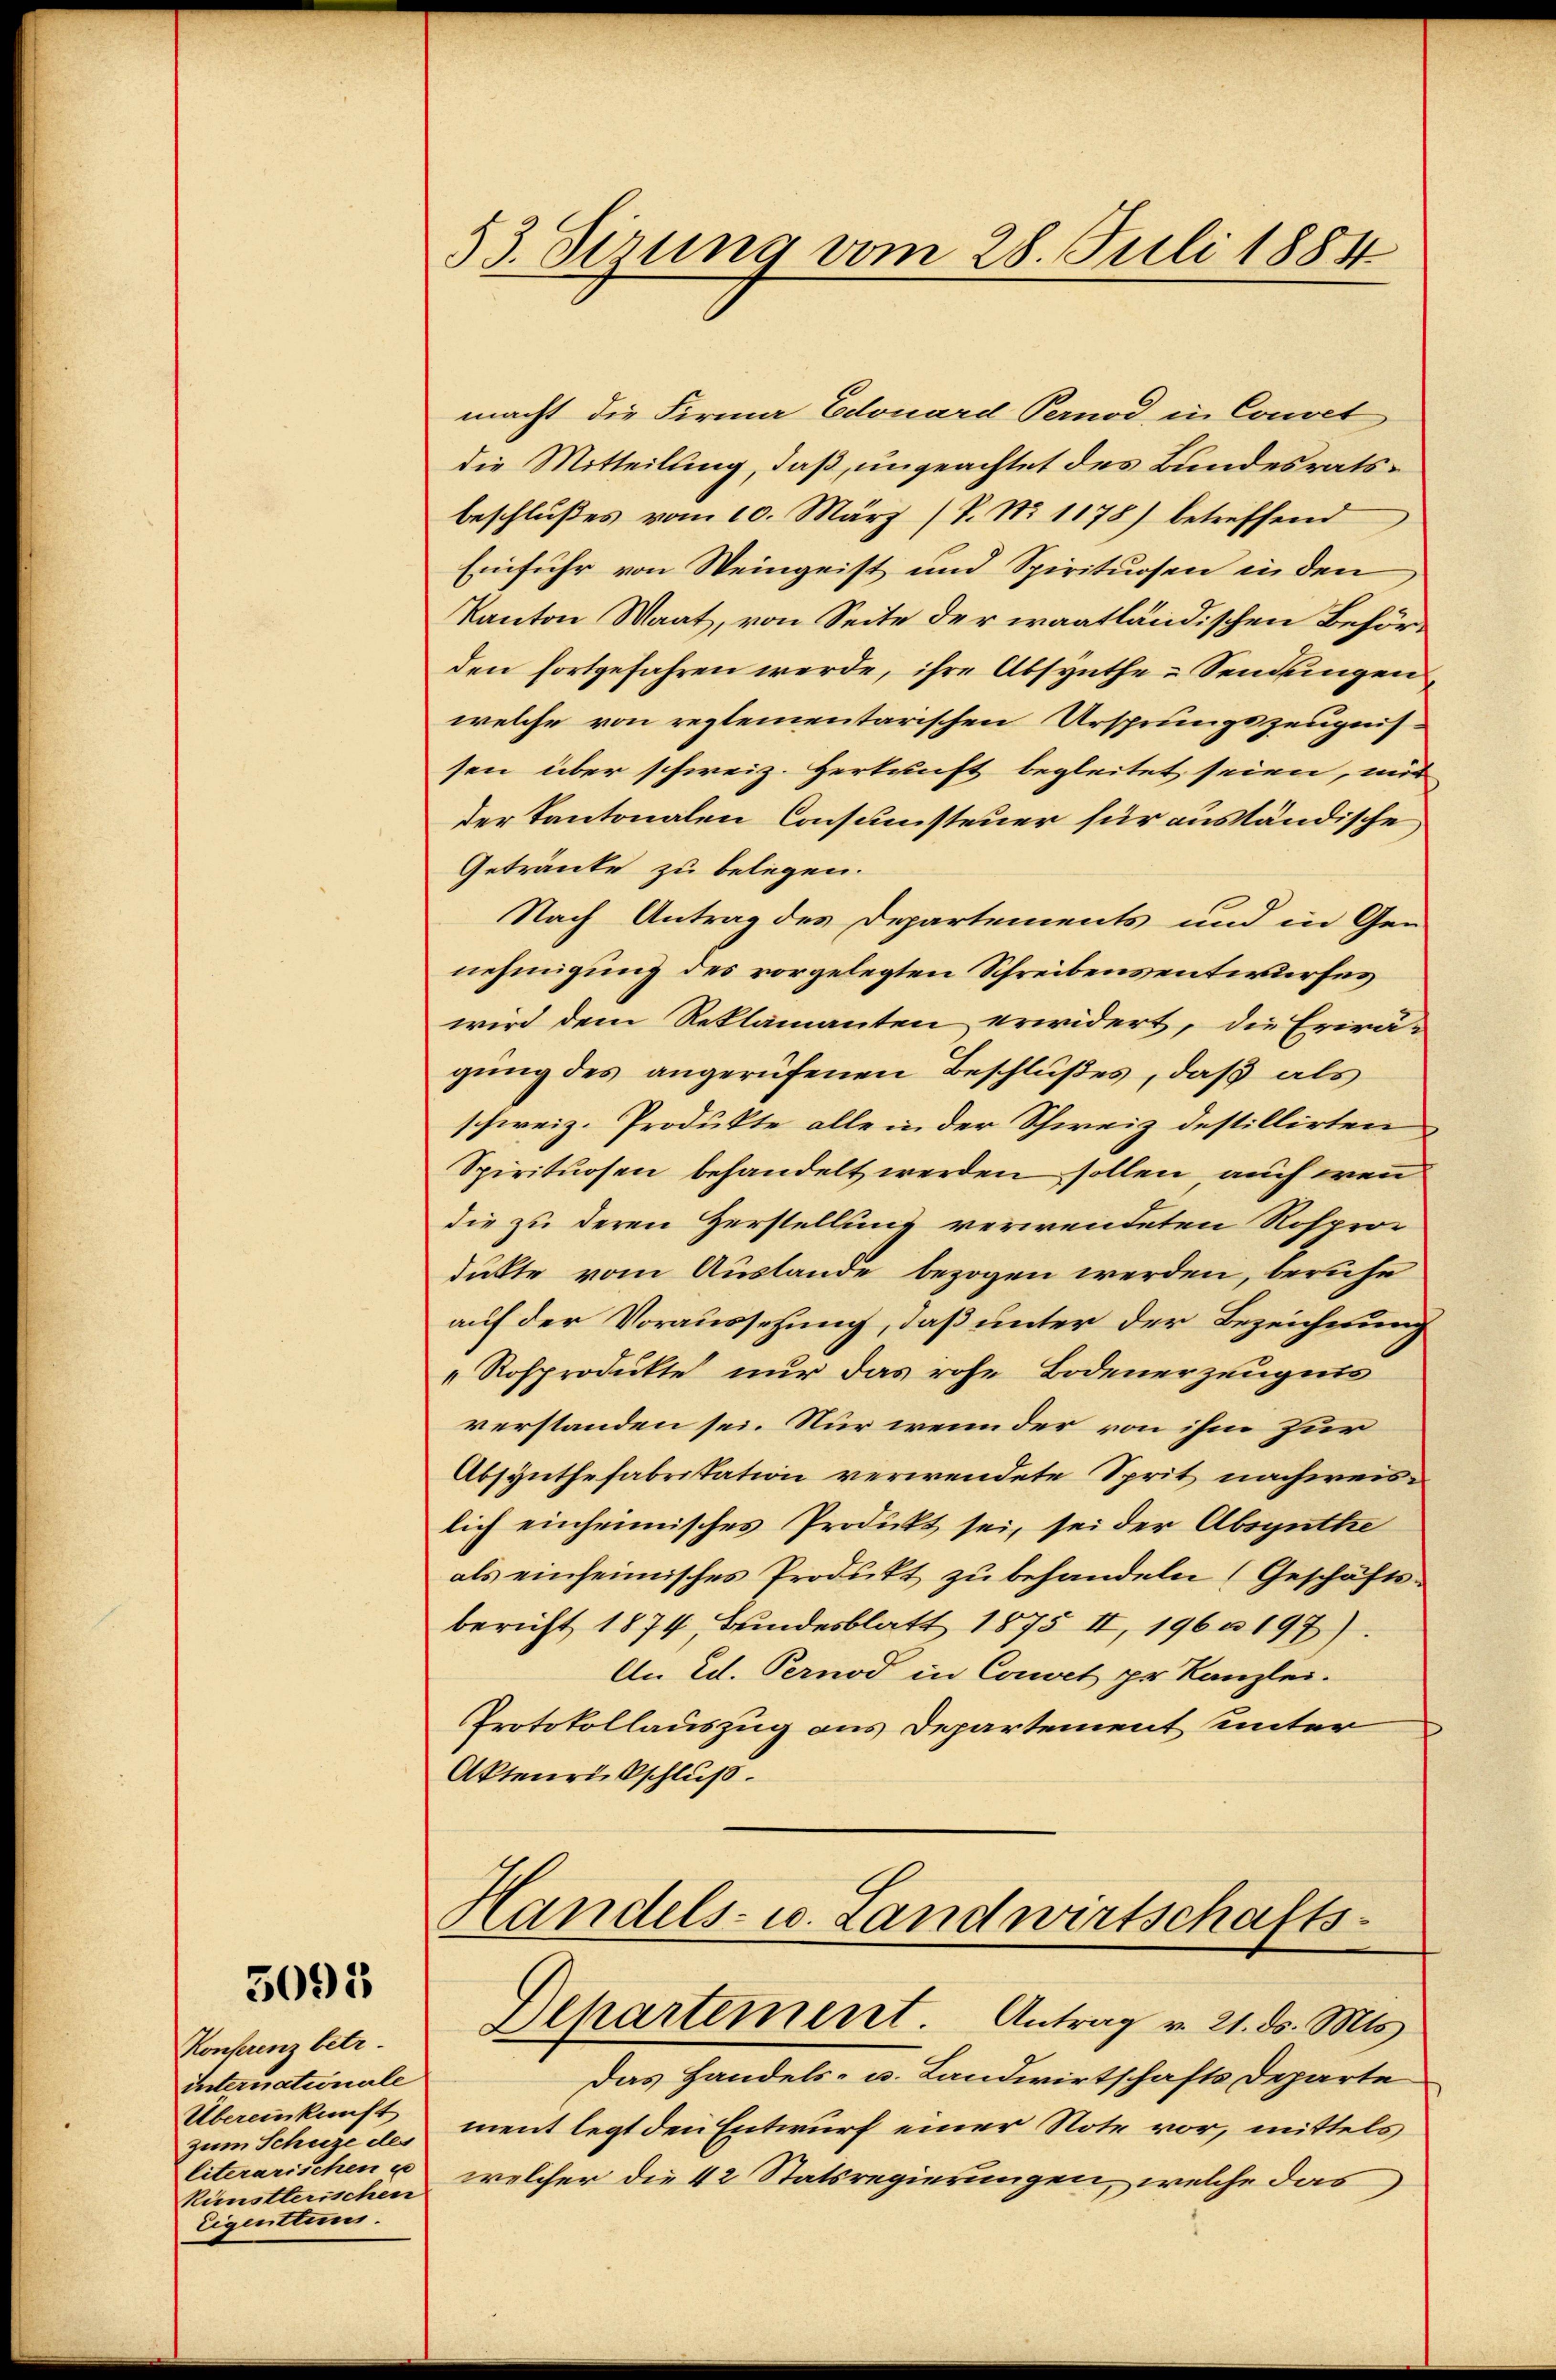
3095

Konferenz betr.
internationale
Übereinkunft
zum Schuze des
literarischen
künstlerischen
Eigentums.

53. Sirung vom 28. Juli 1884

macht die Firma Edouard Pernod in Convet
die Mitteilung, daß, ungeachtet des Bundesratsbeschlŭβes vom 10. März (T. No 1178) betreffend
Einfuhr von Weingeist und Spirituosen in den
Kanton Waat, von Seite der waatländischen Beförden fortgefahren werde, ihre Absynthe-Sendungen
welche von reglementarischen Ursprungszeugnis
sen über schweiz. Herkunft begleitet seien, mit
der Kantonalen Consumsteuer für ausländische
Getränke zu belegen.
Nach Antrag des Departements und in Gen
nehmigung des vorgelegten Schreibensentwurfes
wird dem Reklamanten erwidert, die Erirägŭng des angerufenen Beschlußes, daβ als
schweiz. Produkte alle in der Schweiz destillirten
Spirituosen behandelt werden sollen auch wenn
die zu deren Zerstellung verwendeten Rosproc
dukte vom Auslande bezogen werden, beruhe
auf der Voraussetzung, daß unter der Bezeichnung
„Rosprodukte nur das rohe Bodenerzeugnis
verstanden sei. Nur wenn der von ihm zur
Absynthefabrikation verwendete Sprit nachweislich einheimisches Produkt sei, sei der Absynthe
als einheimisches Produkt zŭ behandeln (Geschäfts-
bericht 1874, Bundesblatt 1875 II, 196 u. 197).
An Ed. Pernod in Convet pr. Kanzlei.
Protokollauszug aus Departement unter
Aktenrückschluß.
Handels- u. Landwirtschafts-
Departement. Antrag v. 21. ds. Mts
Das Handels- u. Landwirtschafts Departe
ment legt den Entwurf einer Note vor, mittels
welcher die 42 Statsregierungen, welche das